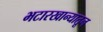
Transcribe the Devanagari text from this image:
भटारखान्यातून